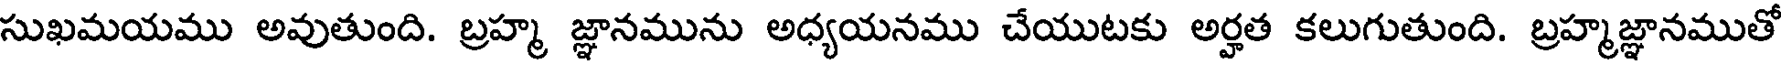
సుఖమయము అవుతుంది. బ్రహ్మ జ్ఞానమును అధ్యయనము చేయుటకు అర్హత కలుగుతుంది. బ్రహ్మజ్ఞానముతో